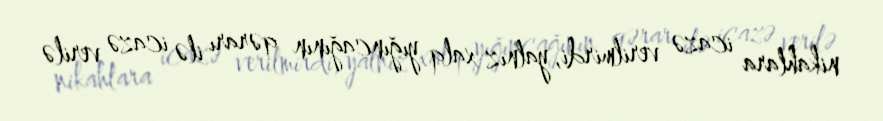
nikahlara icazə verilmirdi, yalnız xalq yığıncağının qərarı ilə icazə verilə